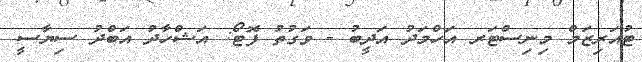
ޓުއަރިޒަމް މިނިސްޓަރ އަހްމަދު އަދީބު - ވަގުތު ފޮޓޯ: އަޝްހާދު އަބްދު ސިޔާސީ